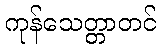
ကုန်သေတ္တာတင်